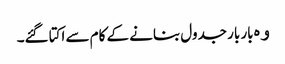
ﻭﮦ بار بار جدول بنانے کے کام سے اکتا گئے۔